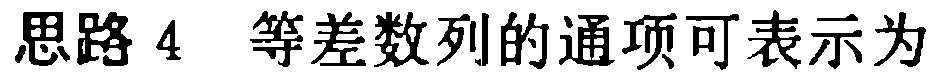
思路 4 等差数列的通项可表示为